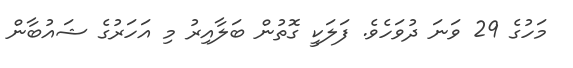
މަހުގެ 29 ވަނަ ދުވަހެވެ. ފަލަކީ ގޮތުން ބަލާއިރު މި އަހަރުގެ ޝައުބާން